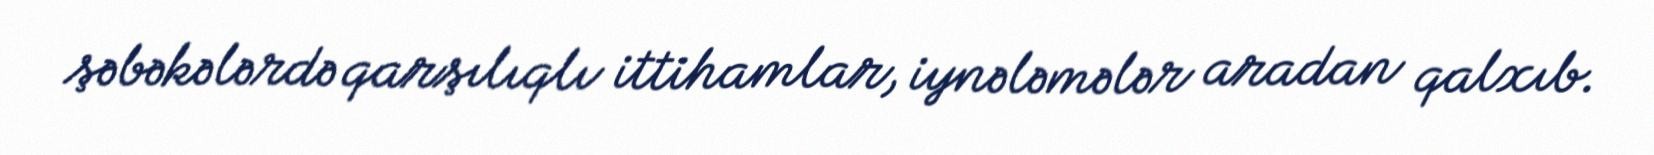
şəbəkələrdə qarşılıqlı ittihamlar, iynələmələr aradan qalxıb.